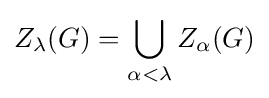
Z_{\lambda }(G)=\bigcup _{\alpha <\lambda }Z_{\alpha }(G)